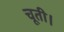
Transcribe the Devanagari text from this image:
चूती।